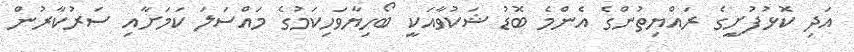
އަދި ކޮޅުފުށީގެ ރައްޔިތުންގެ އެންމެ ބޮޑު ޝަކުވާއަކީ ބޯހިޔާވަހިކަމުގެ މައްސަލަ ކަމަށާއި ސަރުކާރުން